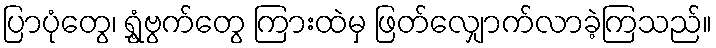
ပြာပုံတွေ၊ ရွှံ့ဗွက်တွေ ကြားထဲမှ ဖြတ်လျှောက်လာခဲ့ကြသည်။